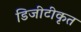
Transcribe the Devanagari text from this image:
डिजीटीकृत